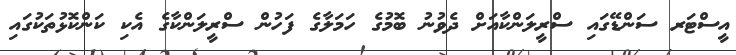
އީސްޓަރ ސަންޑޭގައި ސްރީލަންކާއަށް ދެވުނު ބޮމުގެ ހަމަލާގެ ފަހުން ސްރީލަންކާގެ އެކި ކަންކޮޅުތަކުގައި